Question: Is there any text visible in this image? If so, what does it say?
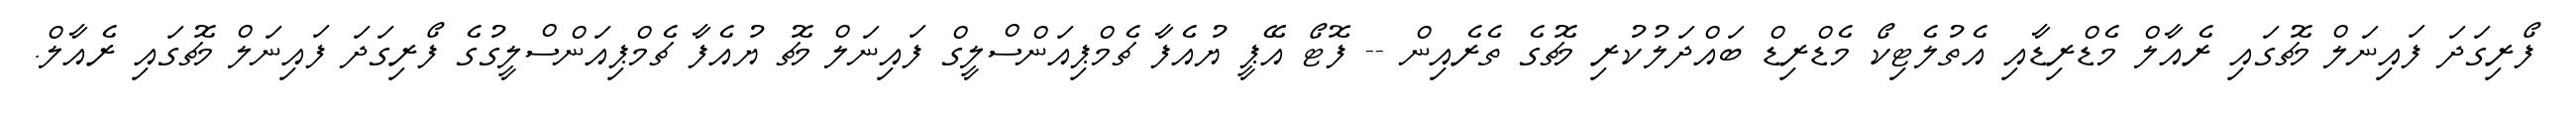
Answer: ފޯރިގަދަ ފައިނަލް މެޗުގައި ރެއާލް މެޑްރިޑާއި އެތުލެޓިކޯ މެޑްރިޑް ބައްދަލުކުރި މެޗުގެ ތެރެއިން -- ފޮޓޯ އޭޕީ ޔުއެފާ ޗެމްޕިއަންސްލީގް ފައިނަލް މެޗު ޔުއެފާ ޗެމްޕިއަންސްލީގުގެ ފޯރިގަދަ ފައިނަލް މެޗުގައި ރެއާލް.